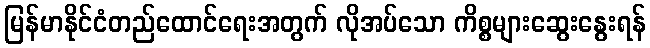
မြန်မာနိုင်ငံတည်ထောင်ရေးအတွက် လိုအပ်သော ကိစ္စများဆွေးနွေးရန်